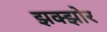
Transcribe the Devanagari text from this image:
झक्झोर